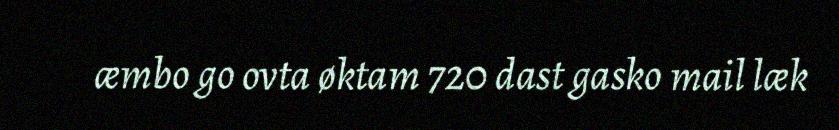
æmbo go ovta øktam 720 dast gasko mail læk